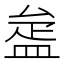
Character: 𥁱